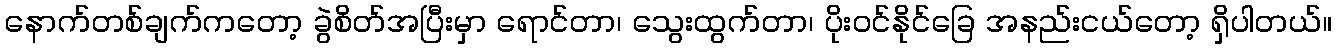
နောက်တစ်ချက်ကတော့ ခွဲစိတ်အပြီးမှာ ရောင်တာ၊ သွေးထွက်တာ၊ ပိုးဝင်နိုင်ခြေ အနည်းငယ်တော့ ရှိပါတယ်။